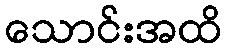
သောင်းအထိ